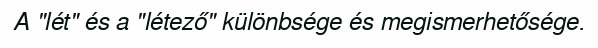
A "lét" és a "létező" különbsége és megismerhetősége.